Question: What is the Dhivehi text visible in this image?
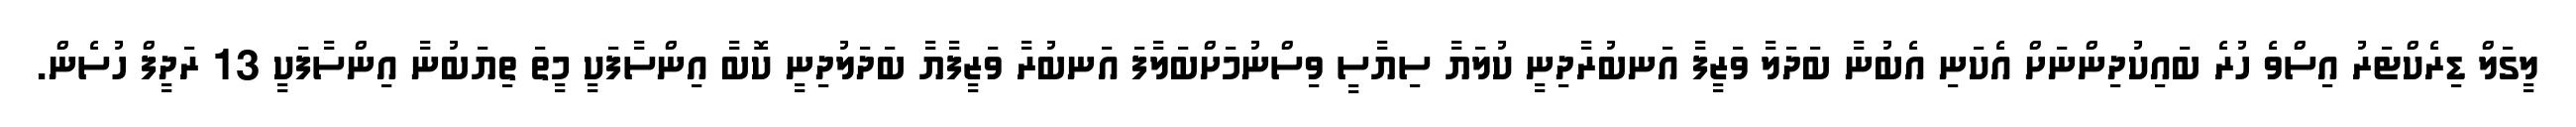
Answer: ލީގަލް ޑިރެކްޓަރު އިސްވެ ހުރެ ބައިކުދިންނަށް އެކަނި އެބުނާ ބަދަލާ ވަޒީފާ އަނބުރާދިނީ ކުލަޔާ ސިޔާސީ ވިސްނުމަށްބަލާފަ އަނބުރާ ވަޒީފާޔާ ބަދަލުދިނީ ކޮބާ އިންސާފަކީ މީތަ ތިޔަބުނާ އިންސާފަކީ 13 ރަދީފް ހުސެން.